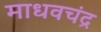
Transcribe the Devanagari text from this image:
माधवचंद्र